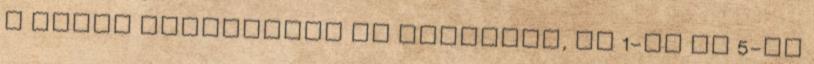
a helyi közlekedés is szünetel, az 1-es és 5-ös